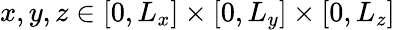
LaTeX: x,y,z\in[0,L_{x}]\times[0,L_{y}]\times[0,L_{z}]